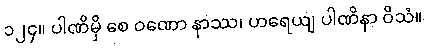
၁၂၄။ ပါဏိမှိ စေ ဝဏော နာဿ၊ ဟရေယျ ပါဏိနာ ဝိသံ။